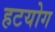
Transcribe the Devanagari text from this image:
हटयोग